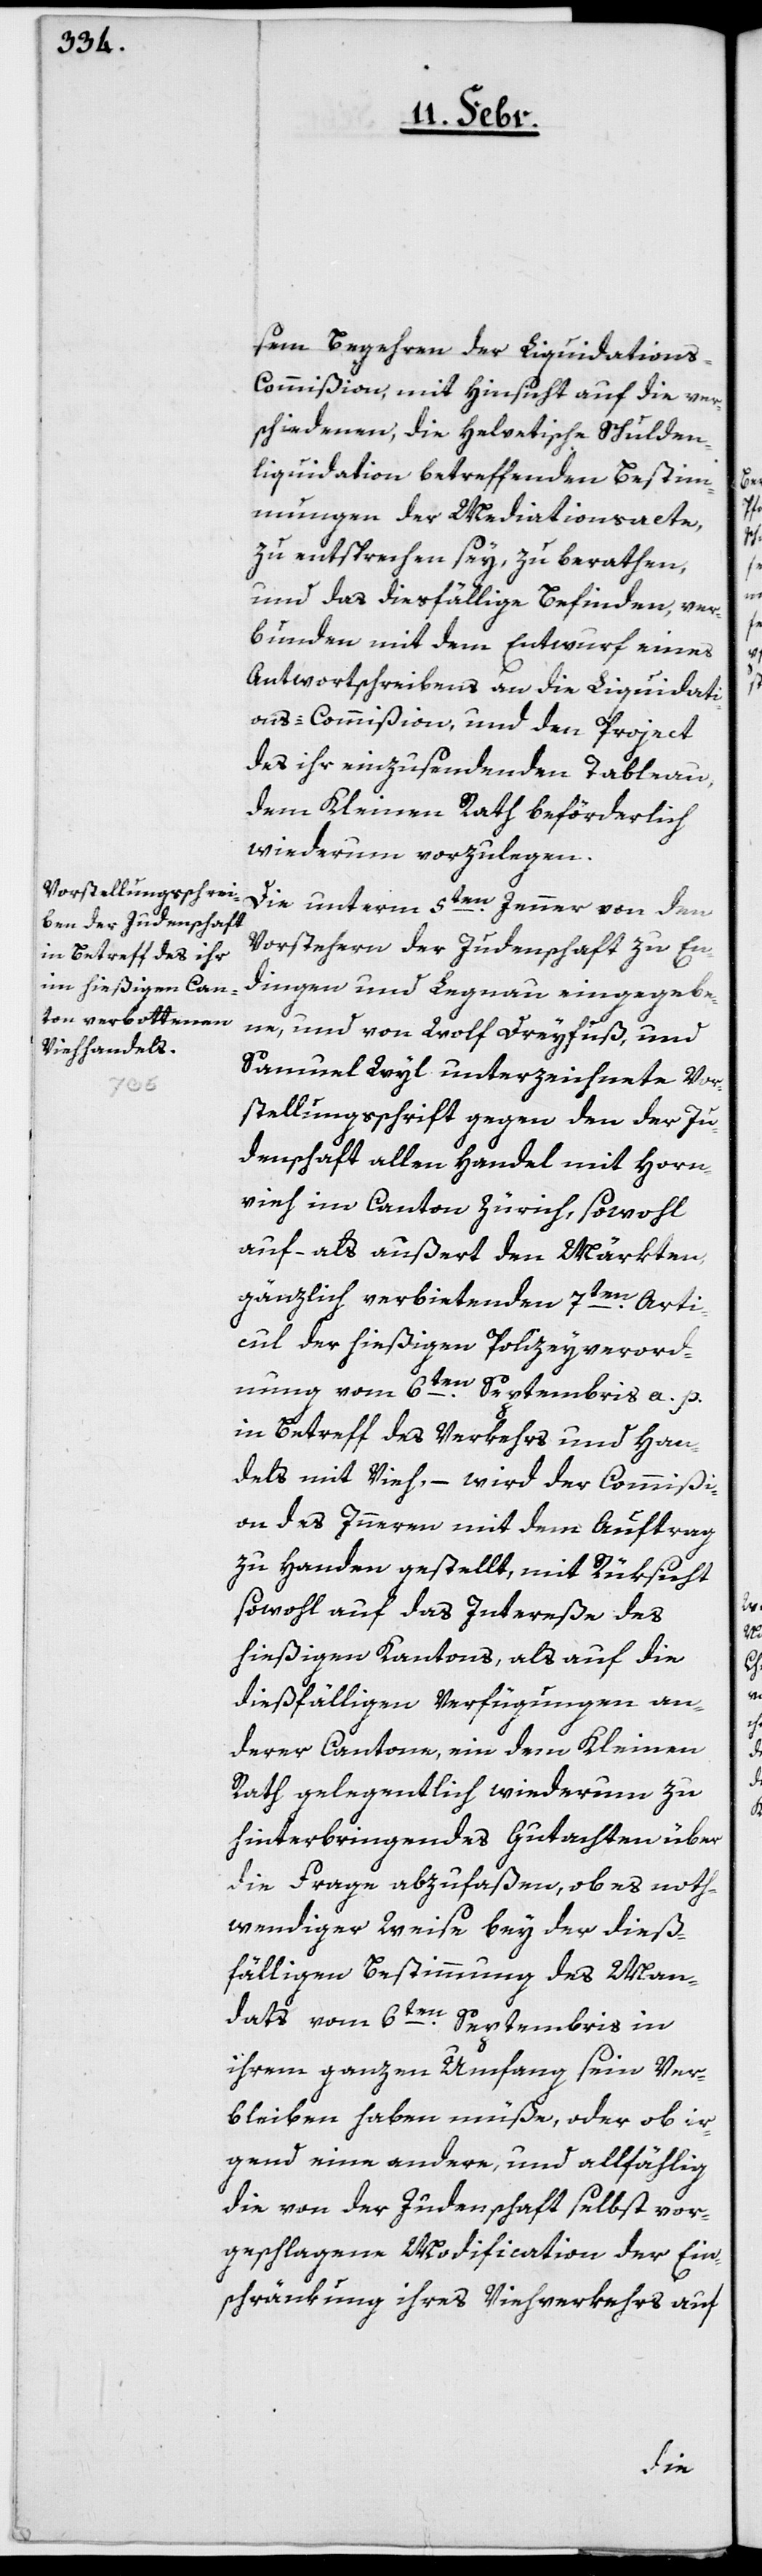
sem Begehren der Liquidation¬
s-Commißion, mit Hinsicht auf die ver¬
schiedenen, die Helvetische Schulden¬
liquidation betreffenden Bestim¬
mungen der Mediationsacte,
zu entsprechen sey, zu berathen,
und das diesfällige Befinden, ver¬
bunden mit dem Entwurf eines
Antwortschreibens an die Liquidati¬
ons-Commißion, und den Project
des ihr einzusendenden Tableau,
dem Kleinen Rath beförderlich
wiederum vorzulegen.
Die unterm 5ten. Jenner von den
Vorstehern der Judenschaft zu En¬
dingen und Lengnau eingegebe¬
ne, und von Wolf Dreyfuß und
Samuel Wyl unterzeichnete Vor¬
stellungsschrift gegen den der Ju¬
denschaft allen Handel mit Horn¬
vieh im Canton Zürich, sowohl
auf- als außert den Märkten
gänzlich verbietenden 7ten. Arti¬
cul der hießigen Polizeyverord¬
nung vom 6ten. Septembris a. p.
in Betreff des Verkehrs und Han¬
dels mit Vieh, – wird der Commißi¬
on des Innern mit dem Auftrag
zu Handen gestellt, mit Rücksicht
sowohl auf das Intereße des
hießigen Kantons, als auf die
dießfälligen Verfügungen an¬
derer Cantone, ein dem Kleinen
Rath gelegentlich wiederum zu
hinterbringendes Gutachten über
die Frage abzufaßen, ob es noth¬
wendiger Weise bey der dieß¬
fälligen Bestimmung des Man¬
dats vom 6ten. Septembris in
ihrem ganzen Umfang sein Ver¬
bleiben haben müße, oder ob ir¬
gend eine andere, und allfählig
die von der Judenschaft selbst vor¬
geschlagene Modification der Ein¬
schränkung ihres Viehverkehrs auf